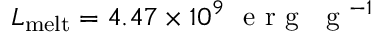
L _ { \mathrm { m e l t } } = 4 . 4 7 \times 1 0 ^ { 9 } ~ \mathrm { ~ e ~ r ~ g ~ ~ ~ g ~ } ^ { - 1 }